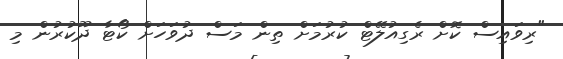
"ރިވައިސް ކޮށް ރެގިއުލޭޓް ކުރުމަށް ތިން މަސް ދުވަހަށް ކޯޓާ ދޫކުރުން މި